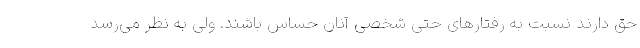
حق دارند نسبت به رفتارهای حتی شخصی آنان حساس باشند. ولی به نظر می‌رسد